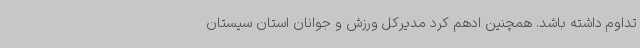
تداوم داشته باشد. همچنین ادهم کرد مدیرکل ورزش و جوانان استان سیستان